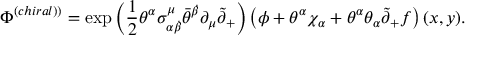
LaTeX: \Phi ^ { \left( c h i r a l ) \right) } = \exp \left( \frac 1 2 \theta ^ { \alpha } \sigma _ { \alpha \dot { \beta } } ^ { \mu } \bar { \theta } ^ { \dot { \beta } } \partial _ { \mu } \tilde { \partial } _ { + } \right) \left( \phi + \theta ^ { \alpha } \chi _ { \alpha } + \theta ^ { \alpha } \theta _ { \alpha } \tilde { \partial } _ { + } f \right) ( x , y ) .